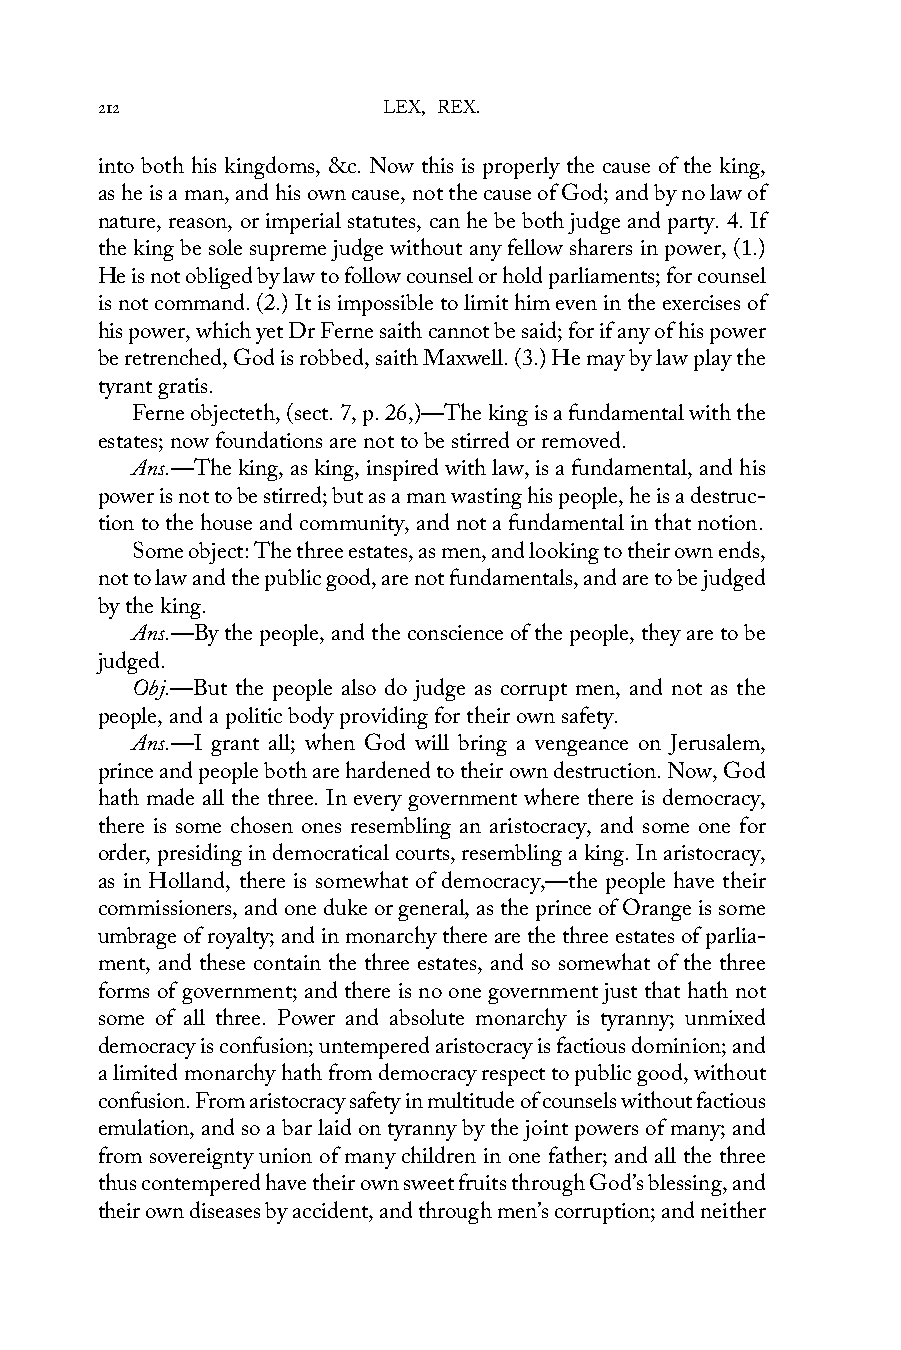
212                LEX, REX.
 into both his kingdoms, &c. Now this is properly the cause of the king,
 as he is a man, and his own cause, not the cause of God; and by no law of
 nature, reason, or imperial statutes, can he be both judge and party. 4. If
 the king be sole supreme judge without any fellow sharers in power, (1.)
 He is not obliged by law to follow counsel or hold parliaments; for counsel
 is not command. (2.) It is impossible to limit him even in the exercises of
 his power, which yet Dr Ferne saith cannot be said; for if any of his power
 be retrenched, God is robbed, saith Maxwell. (3.) He may by law play the
 tyrant gratis.
 Ferne objecteth, (sect. 7, p. 26,)—The king is a fundamental with the
 estates; now foundations are not to be stirred or removed.
 Ans.—The king, as king, inspired with law, is a fundamental, and his
 power is not to be stirred; but as a man wasting his people, he is a destruc-
 tion to the house and community, and not a fundamental in that notion.
 Some object: The three estates, as men, and looking to their own ends,
 not to law and the public good, are not fundamentals, and are to be judged
 by the king.
 Ans.—By the people, and the conscience of the people, they are to be
 judged.
 Obj.—But the people also do judge as corrupt men, and not as the
 people, and a politic body providing for their own safety.
 Ans.—I grant all; when God will bring a vengeance on Jerusalem,
 prince and people both are hardened to their own destruction. Now, God
 hath made all the three. In every government where there is democracy,
 there is some chosen ones resembling an aristocracy, and some one for
 order, presiding in democratical courts, resembling a king. In aristocracy,
 as in Holland, there is somewhat of democracy,—the people have their
 commissioners, and one duke or general, as the prince of Orange is some
 umbrage of royalty; and in monarchy there are the three estates of parlia-
 ment, and these contain the three estates, and so somewhat of the three
 forms of government; and there is no one government just that hath not
 some of all three. Power and absolute monarchy is tyranny; unmixed
 democracy is confusion; untempered aristocracy is factious dominion; and
 a limited monarchy hath from democracy respect to public good, without
 confusion. From aristocracy safety in multitude of counsels without factious
 emulation, and so a bar laid on tyranny by the joint powers of many; and
 from sovereignty union of many children in one father; and all the three
 thus contempered have their own sweet fruits through God’s blessing, and
 their own diseases by accident, and through men’s corruption; and neither